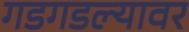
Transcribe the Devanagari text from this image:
गडगडल्यावर